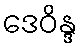
ဒေဝိန္ဒ